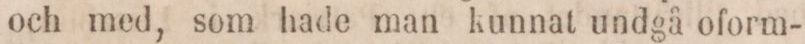
och med, som hade man kunnat undgå oform-